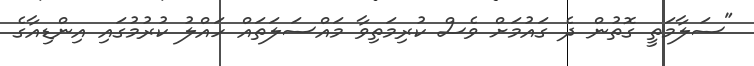
"ސަލާމަތީ ގޮތުން ދެ ގައުމަށް ވެސް ކުރިމަތިވާ މައްސަލަތައް ހައްލު ކުރުމުގައި އިންޑިއާގެ